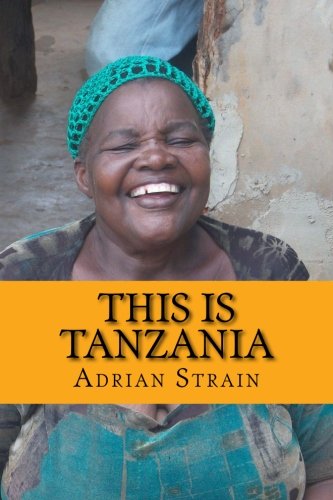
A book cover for This Is Tanzania: The diary of an Englishman in Africa; Mr Adrian Francis Strain; Travel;